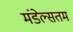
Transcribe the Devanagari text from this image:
मंडेल्सतम